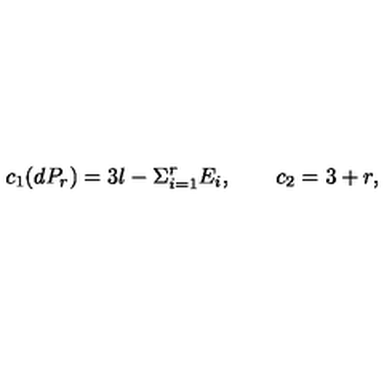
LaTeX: c _ { 1 } ( d P _ { r } ) = 3 l - \Sigma _ { i = 1 } ^ { r } E _ { i } , \qquad c _ { 2 } = 3 + r ,